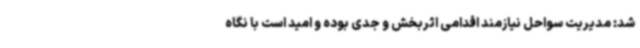
شد: مدیریت سواحل نیازمند اقدامی اثربخش و جدی بوده و امید است با نگاه